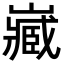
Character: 𡾻